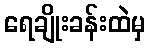
ရေချိုးခန်းထဲမှ